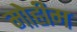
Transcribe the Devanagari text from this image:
मोेहीम